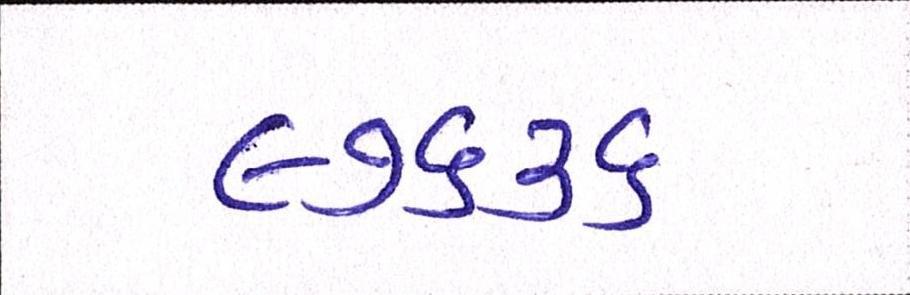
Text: ૯૭૬૩૬